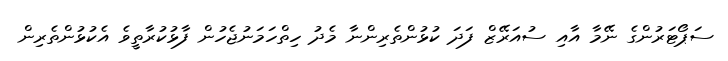
ސަޕޯޓަރުންގެ ނޭމާ އާއި ސުއަރޭޒް ފަދަ ކުޅުންތެރިންނާ މެދު ހިތްހަމަނުޖެހުން ފާޅުކުރާތީވެ އެކުޅުންތެރިން